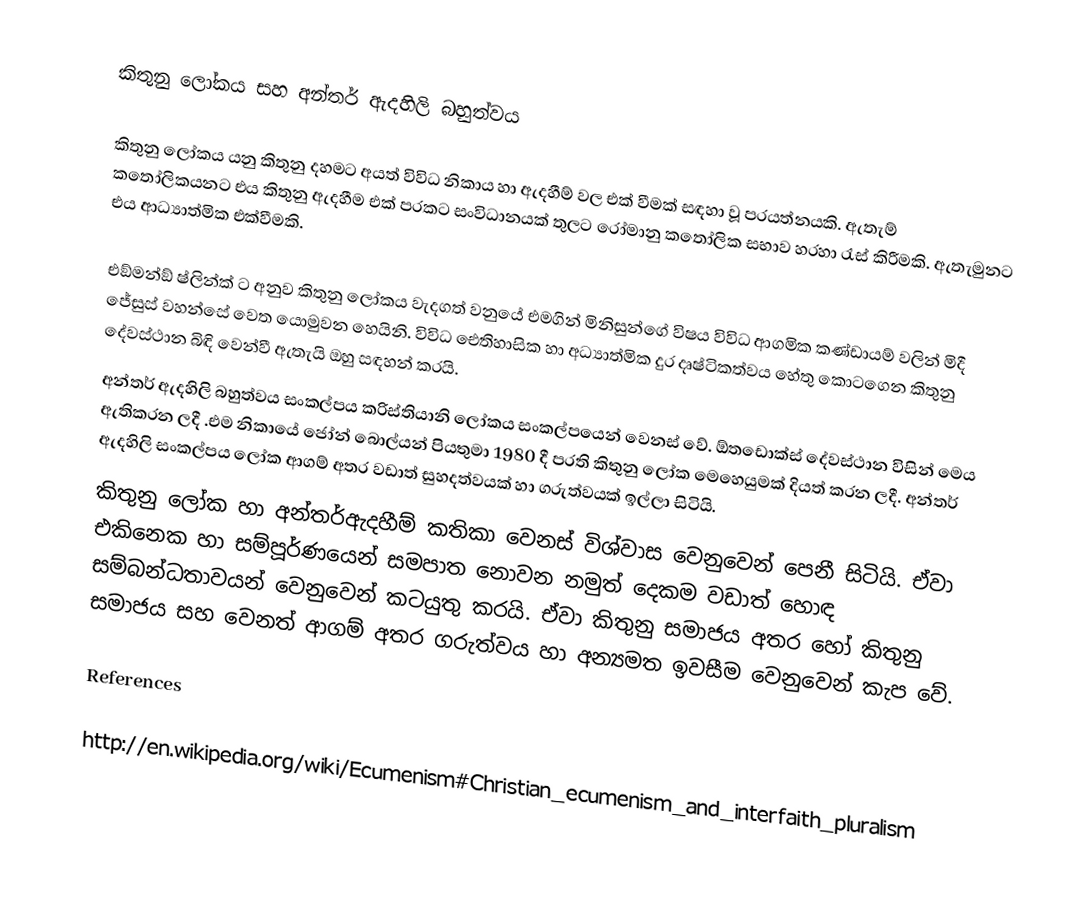
කිතුනු ලෝකය සහ අන්තර් ඇදහිලි බහුත්වය

කිතුනු ලෝකය යනු කිතුනු දහමට අයත් විවිධ නිකාය හා ඇදහීම් වල එක් වීමක් සඳහා වූ ප‍්‍රයත්නයකි. ඇතැම් කතෝලිකයනට එය කිතුනු ඇදහීම එක් ප‍්‍රකට සංවිධානයක් තුලට රෝමානු කතෝලික සභාව හරහා රැස් කිරීමකි. ඇතැමුනට එය ආධ්‍යාත්මික එක්වීමකි.

එඞ්මන්ඞ් ෂ්ලින්ක් ට අනුව කිතුනු ලෝකය වැදගත් වනුයේ එමගින් මිනිසුන්ගේ විෂය විවිධ ආගමික කණ්ඩායම් වලින් මිදී ජේසුස් වහන්සේ වෙත යොමුවන හෙයිනි. විවිධ ඓතිහාසික හා අධ්‍යාත්මික දුර දෘෂ්ටිකත්වය හේතු කොටගෙන කිතුනු දේවස්ථාන බිඳි වෙන්වී ඇතැයි ඔහු සඳහන් කරයි.
අන්තර් ඇදහිලි බහුත්වය සංකල්පය ක‍්‍රිස්තියානි ලෝකය සංකල්පයෙන් වෙනස් වේ.  ඕතඩොක්ස් දේවස්ථාන විසින් මෙය ඇතිකරන ලදී .එම නිකායේ ජෝන් බොල්යන් පියතුමා 1980 දී ප‍්‍රති කිතුනු ලෝක මෙහෙයුමක් දියත් කරන ලදී. අන්තර් ඇදහිලි සංකල්පය ලෝක ආගම් අතර වඩාත් සුහදත්වයක් හා ගරුත්වයක් ඉල්ලා සිටියි.
කිතුනු ලෝක හා අන්තර්ඇදහීම් කතිකා වෙනස්  විශ්වාස වෙනුවෙන් පෙනී සිටියි. ඒවා එකිනෙක හා සම්පූර්ණයෙන් සමපාත නොවන නමුත් දෙකම වඩාත් හොඳ සම්බන්ධතාවයන් වෙනුවෙන් කටයුතු කරයි. ඒවා කිතුනු සමාජය අතර හෝ කිතුනු සමාජය සහ වෙනත් ආගම් අතර ගරුත්වය හා අන්‍යමත ඉවසීම වෙනුවෙන් කැප වේ.

References

http://en.wikipedia.org/wiki/Ecumenism#Christian_ecumenism_and_interfaith_pluralism